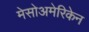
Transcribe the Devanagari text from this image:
मेसोअमेरिकेन